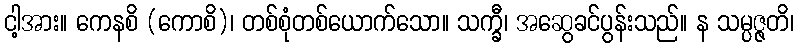
ငါ့အား။ ကေနစိ (ကောစိ)၊ တစ်စုံတစ်ယောက်သော။ သက္ခီ၊ အဆွေခင်ပွန်းသည်။ န သမ္ပဇ္ဇတိ၊